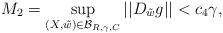
LaTeX: \begin{align*}M_2=\sup_{(X, \tilde w) \in {\mathcal B}_{R, \gamma, C}} ||D_{\tilde w} g|| < c_4\gamma,\end{align*}